Report of the Indian Hemp Drugs Commission, 1894-1895 - Volume II
Year: 1894
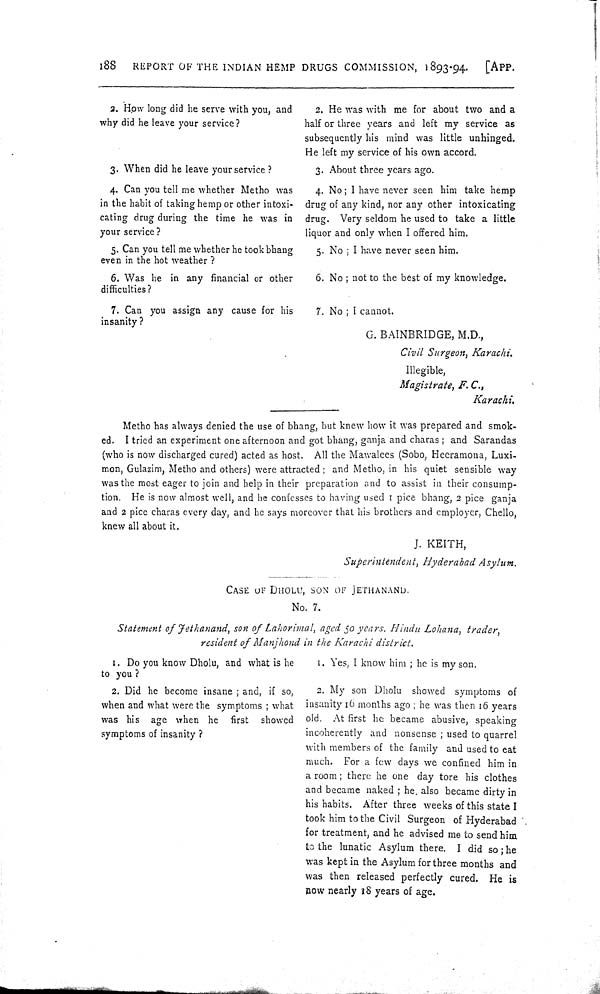
188
REPORT OF THE INDIAN HEMP DRUGS COMMISSION, 1893-94.
[APP.
2. How long did he serve with you, and
why did he leave your service?
2. He was with me for about two and a
half or three years and left my service as
subsequently his mind was little unhinged.
He left my service of his own accord.
3. When did he leave your service?
3. About three years ago.
4. Can you tell me whether Metho was
in the habit of taking hemp or other intoxi-
cating drug during the time he was in
your service?
4. No; 1 have never seen him take hemp
drug of any kind, nor any other intoxicating
drug. Very seldom he used to take a little
liquor and only when I offered him.
5. Can you tell me whether he took bhang
even in the hot weather?
5. No; I have never seen him.
6. Was he in any financial or other
6. No; not to the best of my knowledge.
difficulties?
7. Can you assign any cause for his
insanity?
7. No; I cannot.
G. BAINBRIDGE, M.D.,
Civil Surgeon, Karachi.
Illegible,
Magistrate, F. C.,
Karachi.
Metho has always denied the use of bhang, but knew how it was prepared and smok-
ed. I tried an experiment one afternoon and got bhang, ganja and charas; and Sarandas
(who is now discharged cured) acted as host. All the Mawalees (Sobo, Heeramona, Luxi-
mon, Gulazim, Metho and others) were attracted; and Metho, in his quiet sensible way
was the most eager to join and help in their preparation and to assist in their consump-
tion. He is now almost well, and he confesses to having used 1 pice bhang, 2 pice ganja
and 2 pice charas every day, and he says moreover that his brothers and employer, Chello,
knew all about it.
J. KEITH,
Superintendent, Hyderabad Asylum.
CASE OF DHOLU, SON OF JETHANAND.
No. 7.
Statement of Jethanand, son of Lahorimal, aged 50 years. Hindu Lohana, trader,
resident of Manjhond in the Karachi district.
1. Do you know Dholu, and what is he
to you?
1. Yes, I know him; he is my son.
2. Did he become insane; and, if so,
when and what were the symptoms; what
was his age when he first showed
symptoms of insanity?
2. My son Dholu showed symptoms of
insanity 16 months ago; he was then 16 years
old. At first he became abusive, speaking
incoherently and nonsense; used to quarrel
with members of the family and used to eat
much. For a few days we confined him in
a room; there he one day tore his clothes
and became naked; he also became dirty in
his habits. After three weeks of this state I
took him to the Civil Surgeon of Hyderabad
for treatment, and he advised me to send him
to the lunatic Asylum there. I did so; he
was kept in the Asylum for three months and
was then released perfectly cured. He is
now nearly 18 years of age.